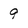
Character: 9